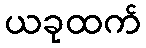
ယခုထက်